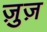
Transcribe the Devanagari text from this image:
ज़ुज़